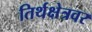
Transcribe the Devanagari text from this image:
तिर्थक्षेत्रवर